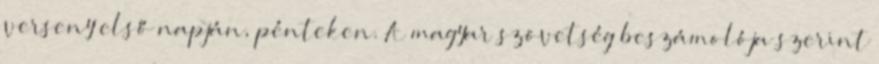
verseny első napján, pénteken. A magyar szövetség beszámolója szerint